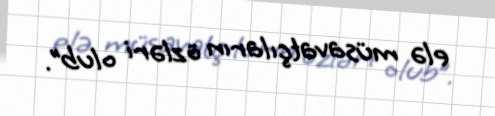
elə müsavatçıların özləri olub”.